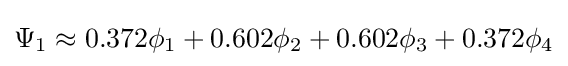
\Psi _{1}\approx 0.372\phi _{1}+0.602\phi _{2}+0.602\phi _{3}+0.372\phi _{4}